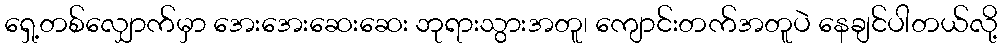
ရှေ့တစ်လျှောက်မှာ အေးအေးဆေးဆေး ဘုရားသွားအတူ၊ ကျောင်းတက်အတူပဲ နေချင်ပါတယ်လို့